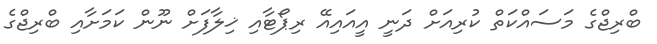
ބްރިޖްގެ މަސައްކަތް ކުރިއަށް ދަނީ އީއައިއޭ ރިޕޯޓާއި ޚިލާފަށް ނޫން ކަމަށާއި ބްރިޖްގެ